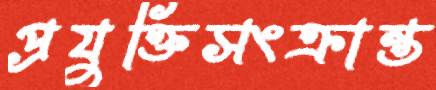
প্রযুক্তিসংক্রান্ত